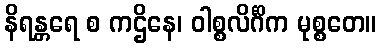
နိရန္တရေ စ ကဌိနေ၊ ဝါစ္စလိင်္ဂိက မုစ္စတေ။